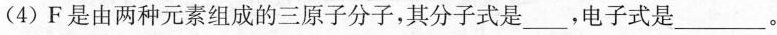
(4)F是由两种元素组成的三原子分子，其分子式是___，电子式是___。